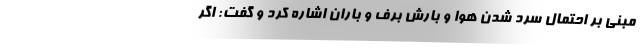
مبنی بر احتمال سرد شدن هوا و بارش برف و باران اشاره کرد و گفت: اگر